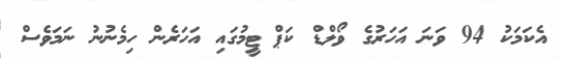
އެކަމަކު 94 ވަނަ އަހަރުގެ ވޯލްޑް ކަޕް ޓީމުގައި އަހަރެން ހިމެނުނު ނަމަވެސް